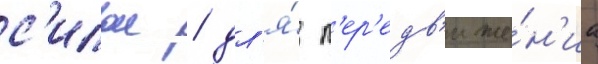
с'илои / дл'я́ п'ер'едв'иже́н'иа